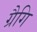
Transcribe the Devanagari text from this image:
ग्रैगि